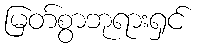
မြတ်စွာဘုရားရှင်